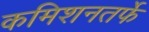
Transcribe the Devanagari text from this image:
कमिशनतर्फे